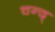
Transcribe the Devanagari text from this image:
चन्द्